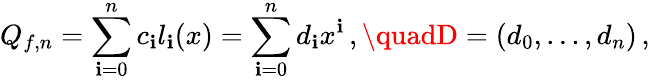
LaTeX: Q_{f,n}=\sum_{\mathbf{i}=0}^{n}c_{\mathbf{i}}l_{\mathbf{i}}(x)=\sum_{\mathbf{i}=0}^{n}d_{\mathbf{i}}x^{\mathbf{i}}\, ,\quadD=(d_{0},\dots,d_{n})\, ,